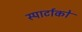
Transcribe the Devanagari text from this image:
स्पार्टाको